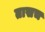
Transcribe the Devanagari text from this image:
तासच